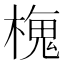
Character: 𬄒